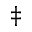
^ \ddag